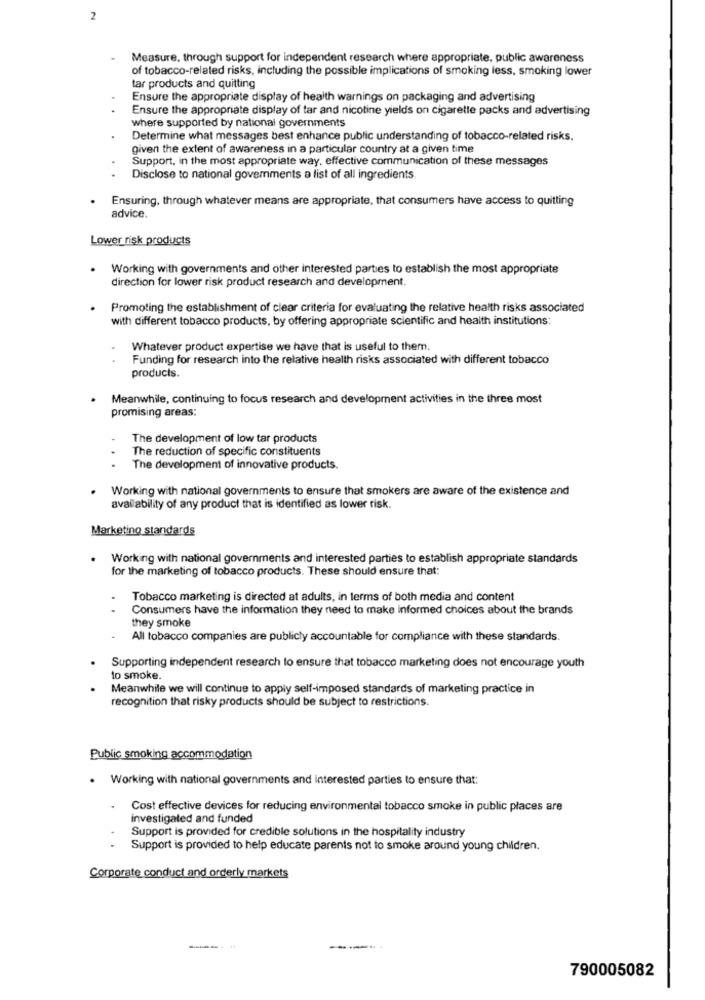
2
Measure, through support for independent research where appropriate, public awareness
of tobacco-related risks, including the possible implications of smoking less, smoking lower
tar products and quitting
Ensure the appropriate display of health warnings on packaging and advertising
Ensure the appropriate display of tar and nicotine yields on cigarette packs and advertising
where supported by national governments
Determine what messages best enhance public understanding of tobacco-related risks.
given the extent of awareness in a particular country at a given time
Support, in the most appropriate way, effective communication of these messages
Disclose to national govemments a list of all ingredients
Ensuring, through whatever means are appropriate, that consumers have access to quitting
advice.
Lower risk products
Working with governments and other interested parties to establish the most appropriate
direction for lower risk product research and development.
Promoting the establishment of clear criteria for evaluating the relative health risks associated
with different tobacco products, by offering appropriate scientific and health institutions:
Whatever product expertise we have that is useful to them.
Funding for research into the relative health risks associated with different tobacco
products.
Meanwhile, continuing to focus research and development activities in the three most
promising areas:
The development of low tar products
The reduction of specific constituents
The development of innovative products.
Working with national governments to ensure that smokers are aware of the existence and
availability of any product that is identified as lower risk.
Marketing standards
Working with national governments and interested parties to establish appropriate standards
for the marketing of tobacco products. These should ensure that:
Tobacco marketing is directed at adults, in terms of both media and content
Consumers have the information they need to make informed choices about the brands
they smoke
All tobacco companies are publicly accountable for compliance with these standards.
Supporting independent research to ensure that tobacco marketing does not encourage youth
to smoke.
Meanwhile we will continue to apply self-imposed standards of marketing practice in
recognition that risky products should be subject to restrictions.
Public smoking accommodation
. Working with national governments and interested parties to ensure that:
Cost effective devices for reducing environmental tobacco smoke in public places are
investigated and funded
Support is provided for credible solutions in the hospitality industry
Support is provided to help educate parents not to smoke around young children.
Corporate conduct and orderly markets
790005082